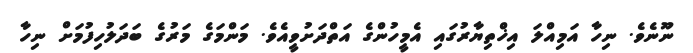
ނޫނެވެ. ނިހާ އަމިއްލަ އިޚްތިޔާރުގައި އެމީހުންގެ އަތްދަށުވީއެވެ. މަންމަގެ މަރުގެ ބަދަލުހިފުމަށް ނިހާ